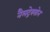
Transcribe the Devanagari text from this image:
नैलट्रेक्सोन